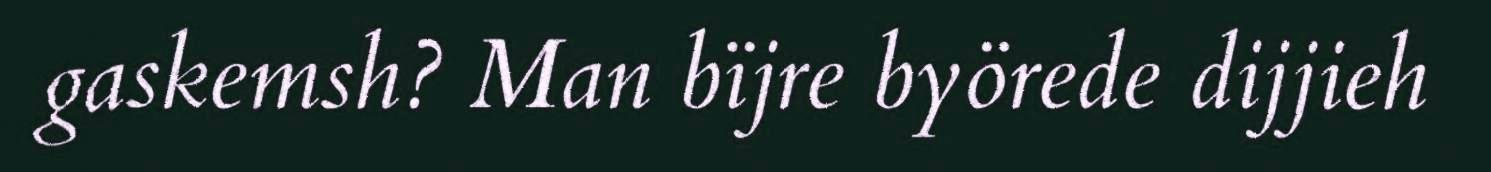
gaskemsh? Man bïjre byörede dijjieh